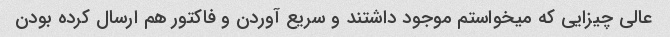
عالی چیزایی که میخواستم موجود داشتند و سریع آوردن و فاکتور هم ارسال کرده بودن